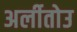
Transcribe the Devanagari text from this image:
अर्लीतोउ